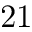
2 1